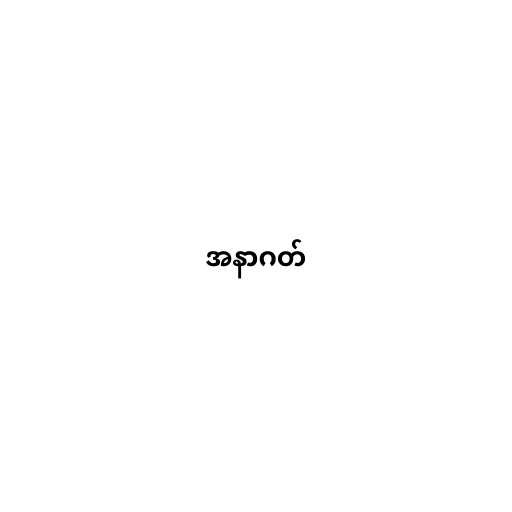
အနာဂတ်